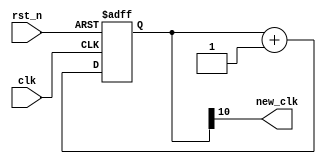
module clk_div2(new_clk, clk, rst_n);
	output new_clk;
	input clk, rst_n;
	reg [31:0] num;
	always @(posedge clk or negedge rst_n) begin
		if (!rst_n) num <= 0;
		else num <= num+1;
	end
	assign new_clk = num[10] ;
endmodule